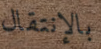
بالإنتقال